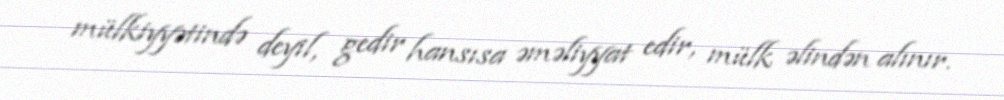
mülkiyyətində deyil, gedir hansısa əməliyyat edir, mülk əlindən alınır.